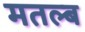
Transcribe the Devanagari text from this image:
मतल्ब